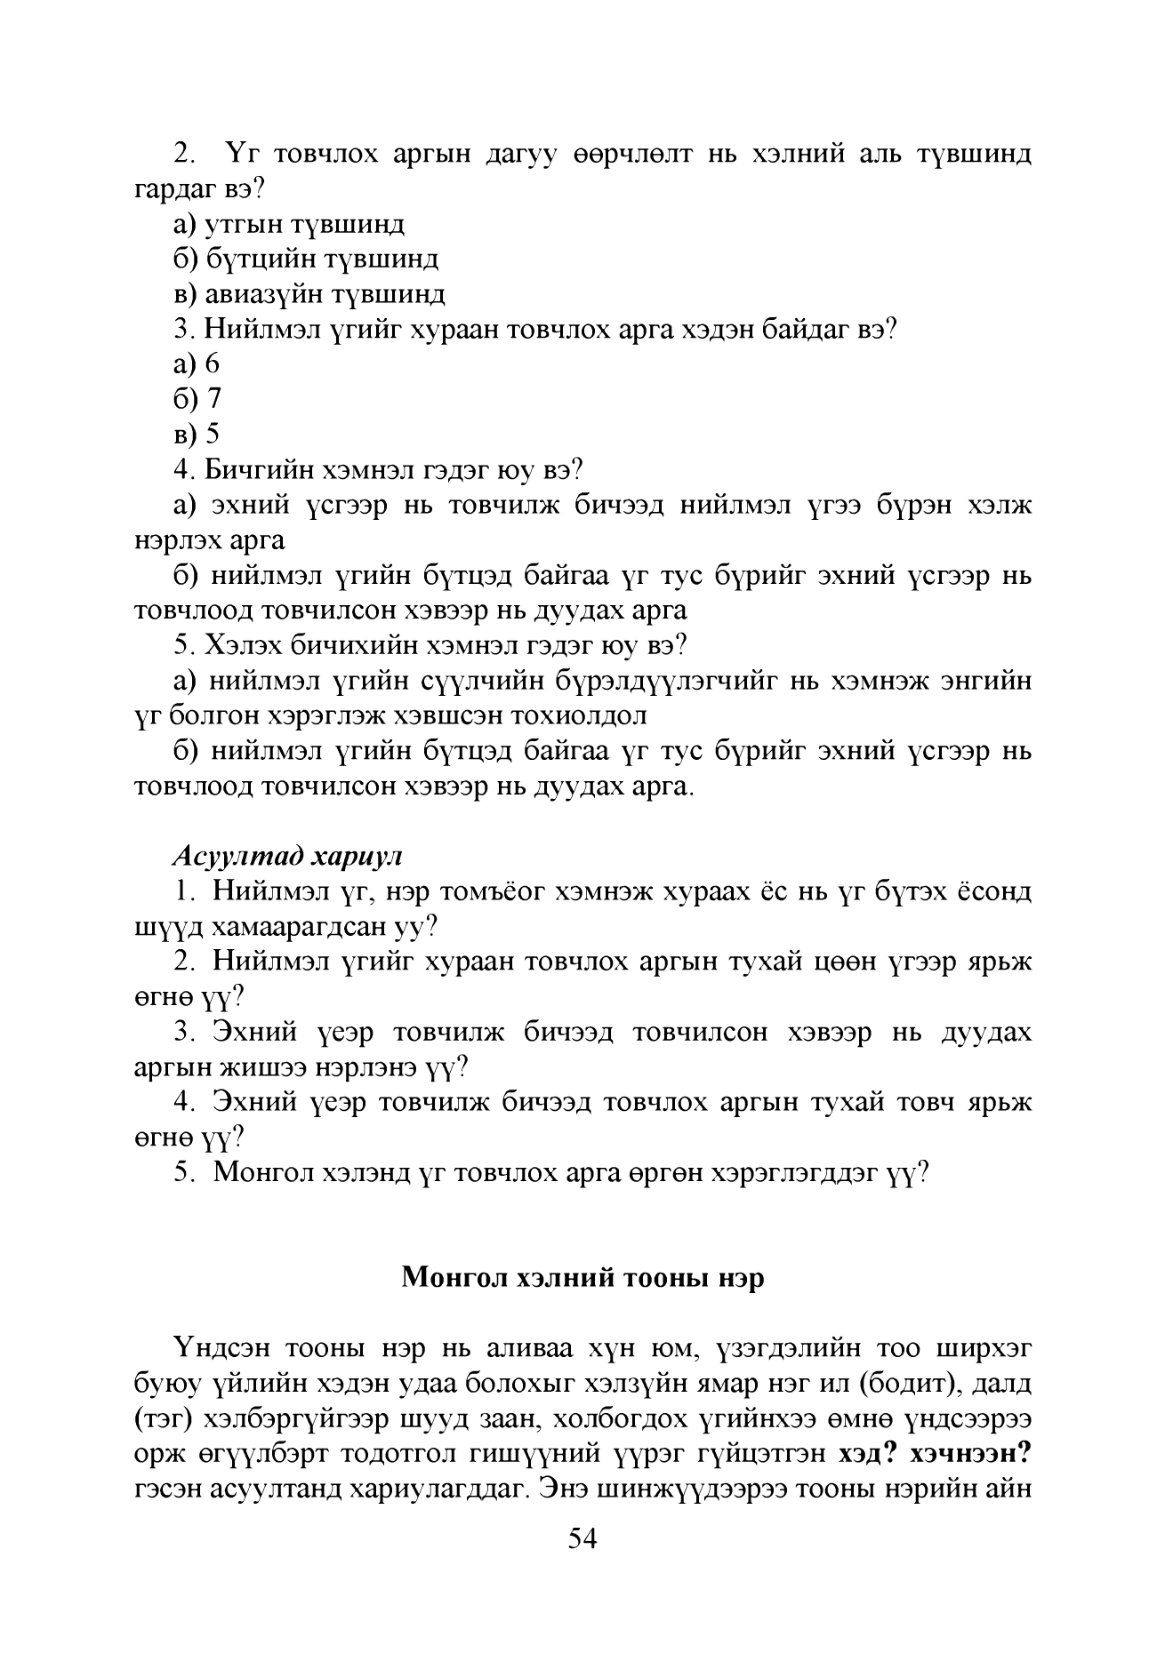
Language: mn